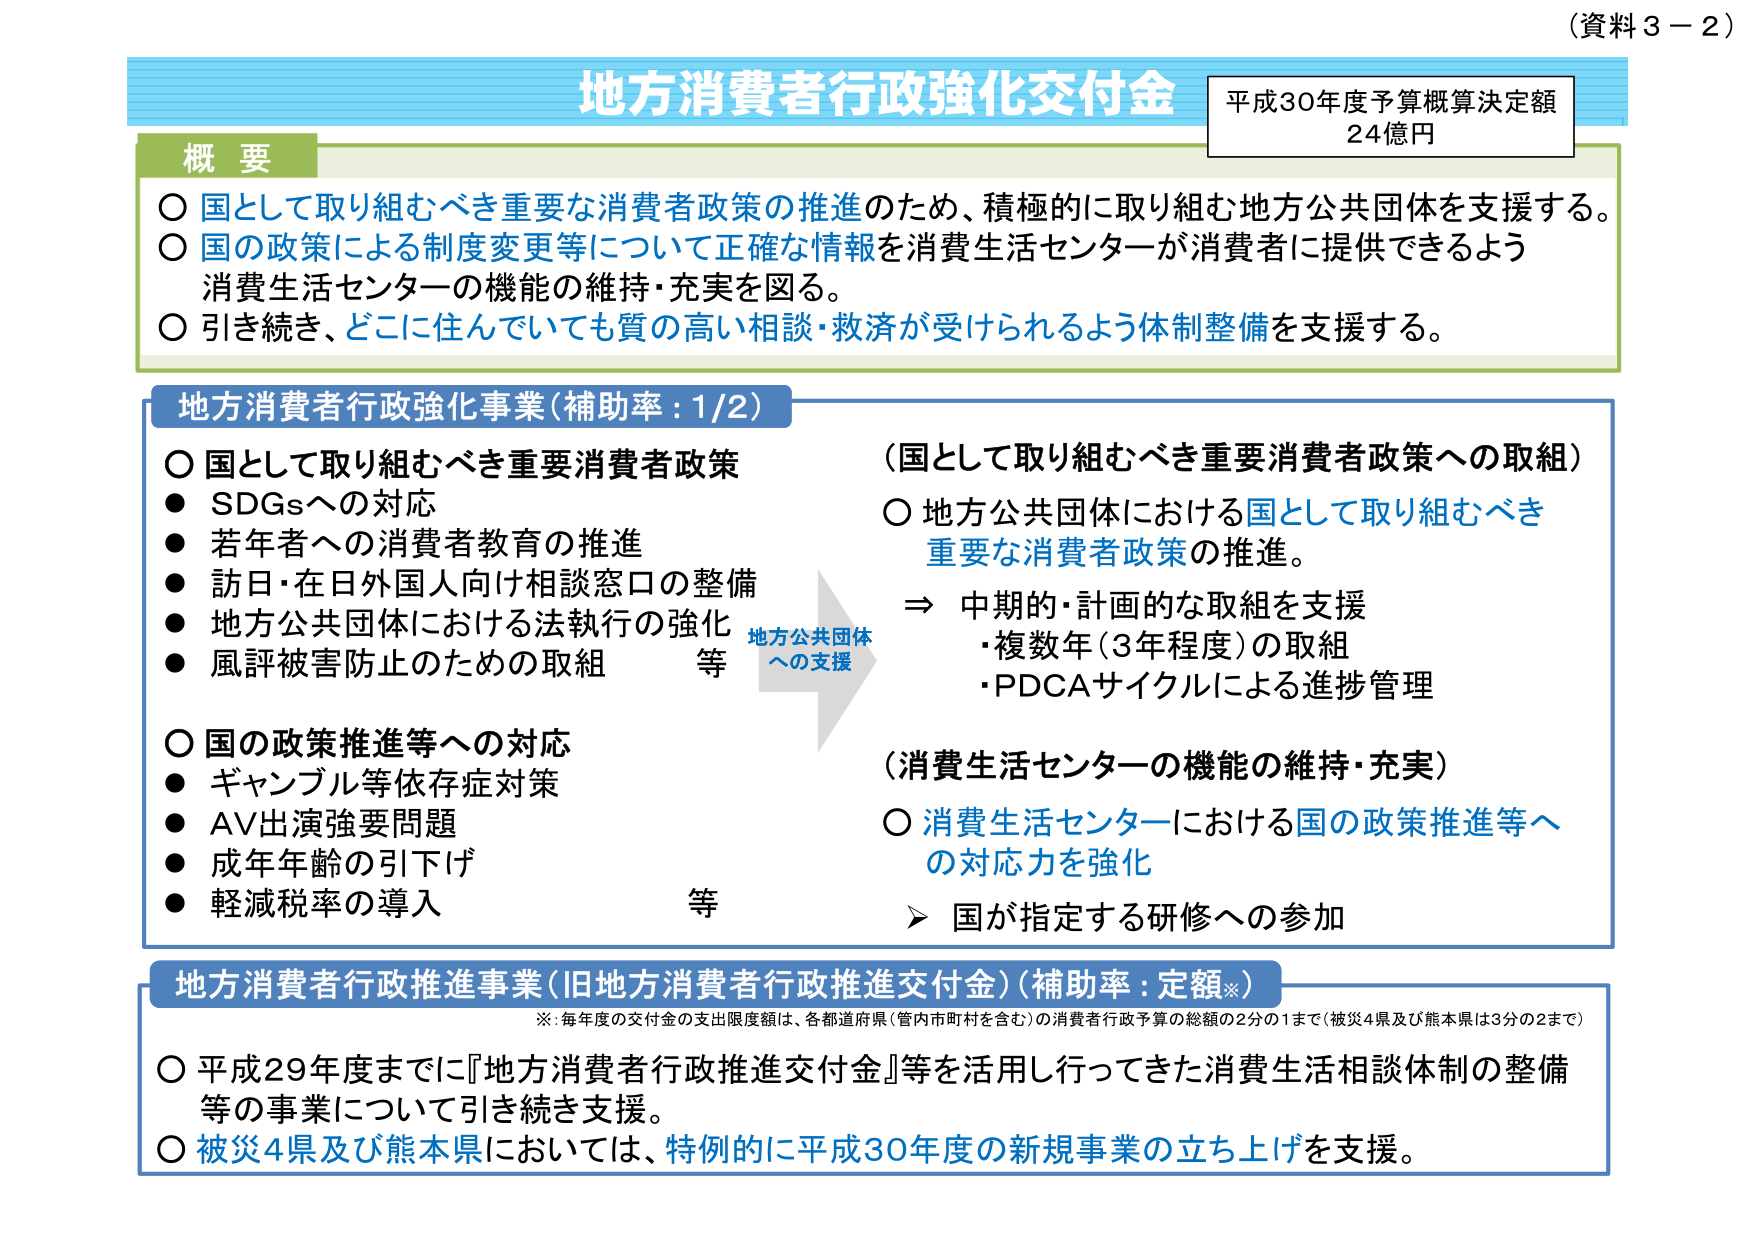
（資料３－２）

地方消費者行政強化交付金

平成30年度予算概算決定額
24億円

概要
○ 国として取り組むべき重要な消費者政策の推進のため、積極的に取り組む地方公共団体を支援する。
○ 国の政策による制度変更等について正確な情報を消費生活センターが消費者に提供できるよう
消費生活センターの機能の維持・充実を図る。
○ 引き続き、どこに住んでいても質の高い相談・救済が受けられるよう体制整備を支援する。

地方消費者行政強化事業（補助率：1/2）
○ 国として取り組むべき重要消費者政策
● SDGsへの対応
● 若年者への消費者教育の推進
● 訪日・在日外国人向け相談窓口の整備
● 地方公共団体における法執行の強化
● 風評被害防止のための取組　等

○ 国の政策推進等への対応
● ギャンブル等依存症対策
● AV出演強要問題
● 成年年齢の引下げ
● 軽減税率の導入　等

（国として取り組むべき重要消費者政策への取組）
○ 地方公共団体における国として取り組むべき
重要な消費者政策の推進。
⇒ 中期的・計画的な取組を支援
・複数年（3年程度）の取組
・PDCAサイクルによる進捗管理

（消費生活センターの機能の維持・充実）
○ 消費生活センターにおける国の政策推進等への対応力を強化
➤ 国が指定する研修への参加

地方消費者行政推進事業（旧地方消費者行政推進交付金）（補助率：定額※）
※：毎年度の交付金の支出限度額は、各都道府県（管内市町村を含む）の消費者行政予算の総額の2分の1まで（被災4県及び熊本県は3分の2まで）

○ 平成29年度までに『地方消費者行政推進交付金』等を活用し行ってきた消費生活相談体制の整備等の事業について引き続き支援。
○ 被災4県及び熊本県においては、特例的に平成30年度の新規事業の立ち上げを支援。

地方公共団体
への支援